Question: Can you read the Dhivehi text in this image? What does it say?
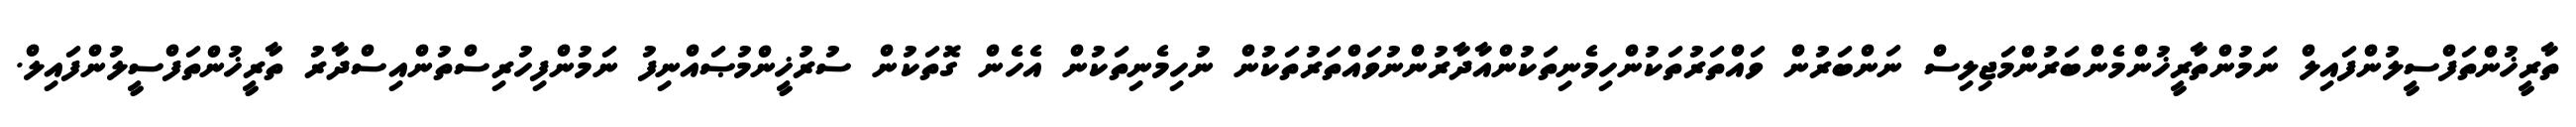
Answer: ތާރީޚުންތަފްސީލުންފައިލް ނަމުންތާރީޚުންމެންބަރުންމަޖިލިސް ނަންބަރުން ވައްތަރުތަކުންހިމެނިތަކުންއާދާރުންނުވައްތަރުތަކުން ނުހިމެނިތަކުން އެހެން ގޮތަކުން ސުރުޚީންމުޞައްނިފު ނަމުންފިހުރިސްތުންއިސްދާރު ތާރީޚުންތަފްސީލުންފައިލް.